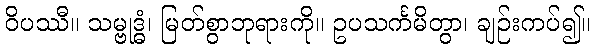
ဝိပဿီ။ သမ္ဗုဒ္ဓံ၊ မြတ်စွာဘုရားကို။ ဥပသင်္ကမိတွာ၊ ချဉ်းကပ်၍။